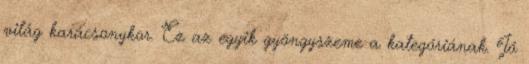
világ karácsonykor. Ez az egyik gyöngyszeme a kategóriának. Jó